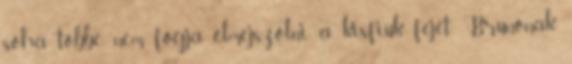
soha többé nem fogja elmejszölni a kisfiúk fejét. Brunónak